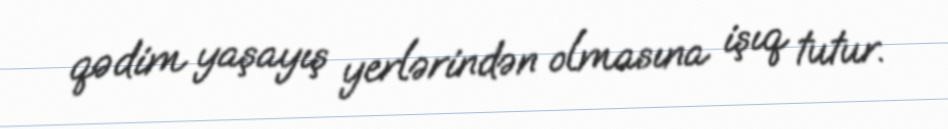
qədim yaşayış yerlərindən olmasına işıq tutur.